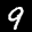
Label: 9